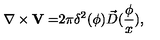
\nabla \times { \bf V = } 2 \pi \delta ^ { 2 } ( { \bf \phi } ) \vec { D } ( \frac \phi x ) ,